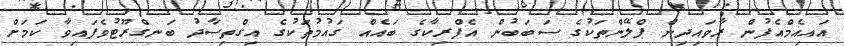
އައިއެމްއެފުން ރާވައިދިން ޕްލޭންތަކުގެ ސަބަބުން އެފްރިކާގެ ބައެއް ގައުމުތަކުގެ އިގްތިސާދު ބަނގްރޫޓުވެފައިވާ ކަމަށް